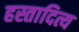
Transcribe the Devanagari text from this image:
हस्तादित्य